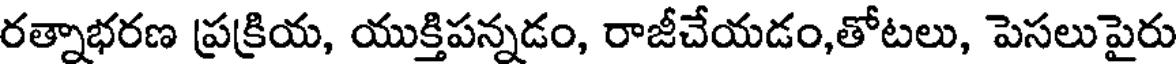
రత్నాభరణ ప్రక్రియ, యుక్తిపన్నడం, రాజీచేయడం,తోటలు, పెసలుపైరు